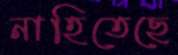
নাহিতেছে